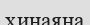
хинаяна